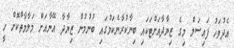
އެދުވަހު ފައިސަލް މިގެ ޒިޔާދާއަށްޓަކައި ބިނާކުރާނެކަމުގައި ބުނުމުން ޒިޔާދާ އޭނާއަށް މަލާމާތްކޮށް ހީ